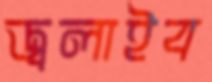
জ্বলাইব